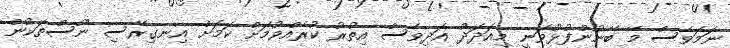
ނަމަވެސް މޭ ބޭނުންފުޅުވަނީ މިއަދަދު އަދިވެސް އިތުރު ކުރެއްވުމަށް ކަމަށް އިނގިރޭސި ނޫސްތަކުން